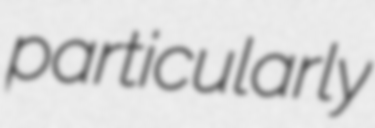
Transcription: particularly